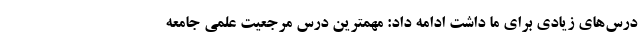
درس‌های زیادی برای ما داشت ادامه داد: مهمترین درس مرجعیت علمی جامعه